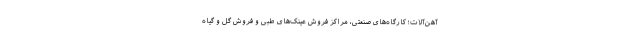
آهن‌آلات؛ کارگاه‌های صنعتی، مراکز فروش عینک‌های طبی و فروش گل و گیاه